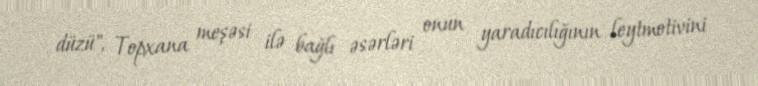
düzü", Topxana meşəsi ilə bağlı əsərləri onun yaradıcılığının leytmotivini